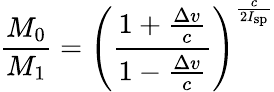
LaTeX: {\frac{M_{0}}{M_{1}}}=\left({\frac{1+{\frac{\Delta v}{c}}}{1-{\frac{\Delta v}{c}}}}\right)^{\frac{c}{2I_{\mathrm{sp}}}}